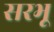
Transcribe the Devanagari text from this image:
सरभू